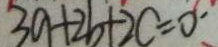
3 a + 2 b + 2 c = 0 ^ { \prime }